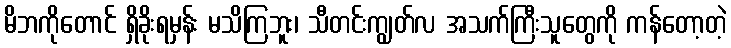
မိဘကိုတောင် ရှိခိုးရမှန်း မသိကြဘူး၊ သီတင်းကျွတ်လ အသက်ကြီးသူတွေကို ကန်တော့တဲ့